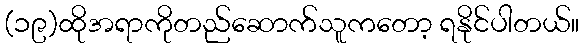
(၁၉)ထိုအရာကိုတည်ဆောက်သူကတော့ ရနိုင်ပါတယ်။